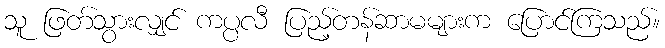
သူ ဖြတ်သွားလျှင် ကပ္ပလီ ပြည့်တန်ဆာမများက ပြောင်ကြသည်။